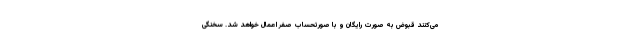
می‌کنند قبوض به صورت رایگان و با صورتحساب صفر اعمال خواهد شد. سخنگی